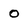
Character: O